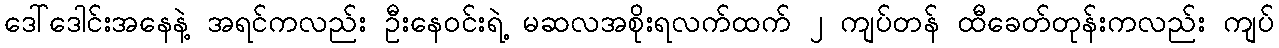
ဒေါ်ဒေါင်းအနေနဲ့ အရင်ကလည်း ဦးနေဝင်းရဲ့ မဆလအစိုးရလက်ထက် ၂ ကျပ်တန် ထီခေတ်တုန်းကလည်း ကျပ်